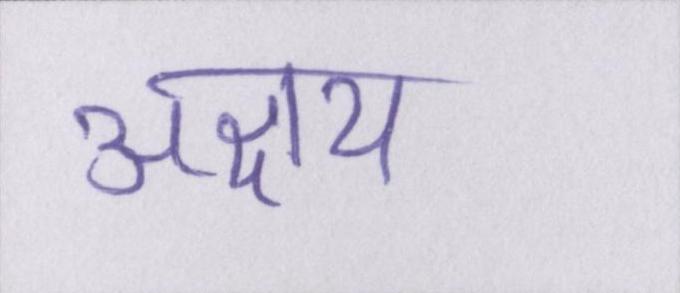
अक्षय